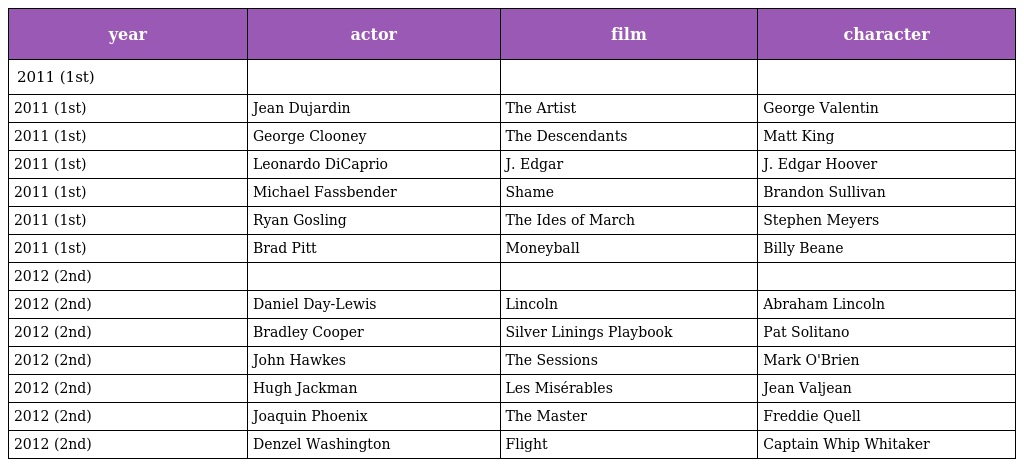
| year | actor | film | character |
 | --- | --- | --- | --- |
 | 2011 (1st) |  |  |  |
 | 2011 (1st) | Jean Dujardin | The Artist | George Valentin |
 | 2011 (1st) | George Clooney | The Descendants | Matt King |
 | 2011 (1st) | Leonardo DiCaprio | J. Edgar | J. Edgar Hoover |
 | 2011 (1st) | Michael Fassbender | Shame | Brandon Sullivan |
 | 2011 (1st) | Ryan Gosling | The Ides of March | Stephen Meyers |
 | 2011 (1st) | Brad Pitt | Moneyball | Billy Beane |
 | 2012 (2nd) |  |  |  |
 | 2012 (2nd) | Daniel Day-Lewis | Lincoln | Abraham Lincoln |
 | 2012 (2nd) | Bradley Cooper | Silver Linings Playbook | Pat Solitano |
 | 2012 (2nd) | John Hawkes | The Sessions | Mark O'Brien |
 | 2012 (2nd) | Hugh Jackman | Les Misérables | Jean Valjean |
 | 2012 (2nd) | Joaquin Phoenix | The Master | Freddie Quell |
 | 2012 (2nd) | Denzel Washington | Flight | Captain Whip Whitaker |